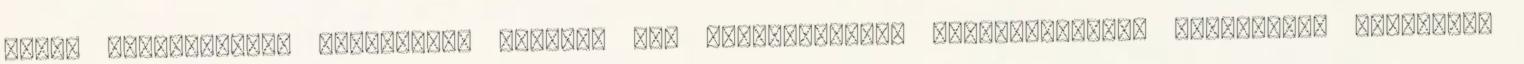
olcsó repülőjegyet Cardiffba, fedezze fel várkastélyát, Nagy-Britannia legnagyobb arénáját,